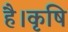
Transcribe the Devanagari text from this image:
है।कृषि